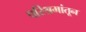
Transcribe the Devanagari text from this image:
परिश्रमांतून